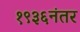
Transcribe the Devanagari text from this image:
१९३६नंतर